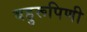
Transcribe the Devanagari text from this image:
बहुरूपिणी